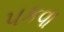
પકવા